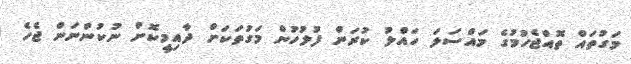
މަގުތައް ތޮއްޖެހުމުގެ މައްސަލަ ހައްލު ކުރަން ފުލުހުން މަގުތަކަށް ދާއިމީކޮށް ނުކުންނަން ޖެހެ